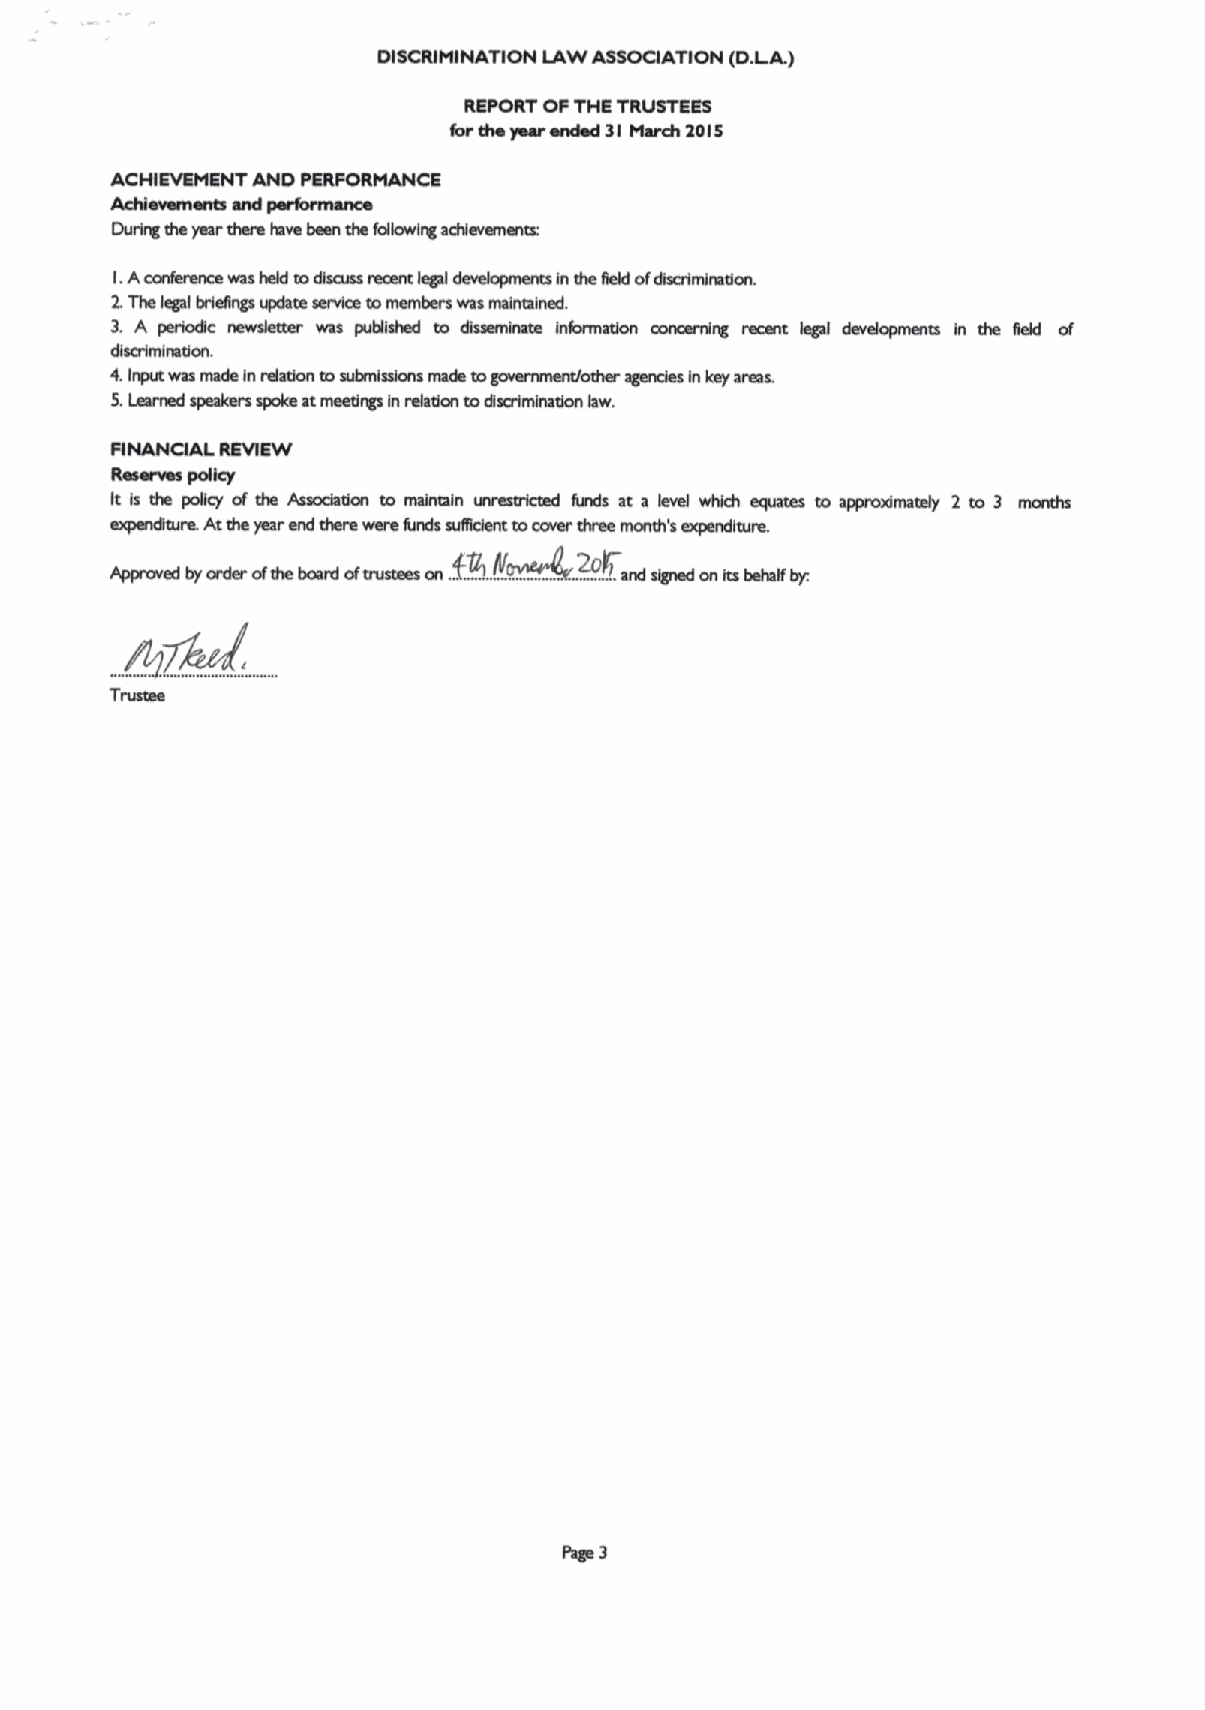
DISCRIMINATION LAW ASSOCIATION (D.LA)
 RSPORT OP THS TRUSTSSS
 forthe year ended 3I March 10I0
 ACHISVSMSNT AND PSRPORMANCS
 Atddevementa and performance
 During the year tham have bean the fogowlng schlevenentx
 I.Aconfamnm was hakl todiscuss nmant legd devekpments Inthe Sakiofdbcrtmlnadon.
 2.The legal brlegngs update smvka tomembers was mainmlned.
 3. A perkdc nawskatw was pubgshad to dlssamlmnn Inkvmadon concarnlrg recent legal davakpmtnts in the Saki of
 cgscrlmlmdon.            ~other
 4.Input was made Inrdsdon tosubmimkns made t ~o agendas In ksy areas.
 ~5.Learned speakers spoke atmaedrgs In mhtlon todscrtmkattke lsw.
 PlNANCIAL RSVIEW
 Reserves ptdky
 k ls tha polky of dta Assodatlcn m malrasln ~.funds at a kvel whkh atpaaas to appnaemssdy 2 to 3 monde
 Atthe year and thmvt were funds mgldent tocover tires month's expandltura
 217
 Approved by order ofthe boenl ofounces on .TKN .... . and signed on Issbehalf by:
 @zan